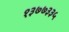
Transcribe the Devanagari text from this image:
१३७७३३५